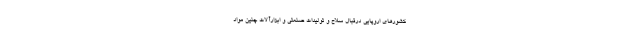
کشورهای اروپایی درقبال سلاح و تولیدات صنعتی و ابزارآلات چنین مواد